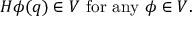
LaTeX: H \phi ( q ) \in { \cal V } \mathrm { ~ f o r ~ a n y ~ } \phi \in { \cal V } .